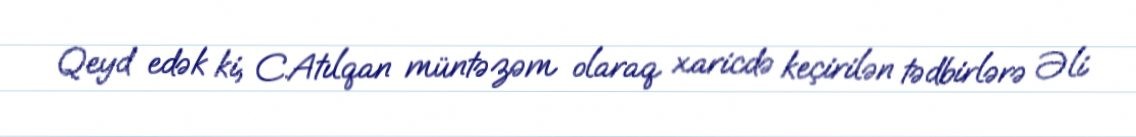
Qeyd edək ki, C.Atılqan müntəzəm olaraq xaricdə keçirilən tədbirlərə Əli